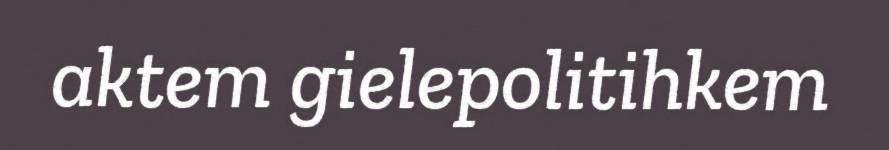
aktem gielepolitihkem